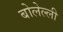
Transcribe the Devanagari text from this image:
बोलेल्ली